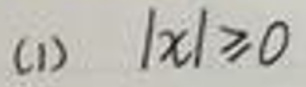
(1) $\vert x\vert\geq0$